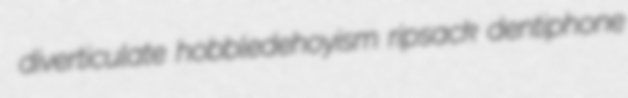
diverticulate hobbledehoyism ripsack dentiphone